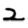
Digit: 2